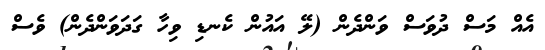
އެއް މަސް ދުވަސް ވަންދެން (ލޭ އައުން ކެނޑި ވިހާ ގަދަވަންދެން) ވެސް